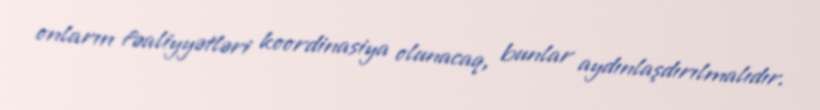
onların fəaliyyətləri koordinasiya olunacaq, bunlar aydınlaşdırılmalıdır.